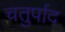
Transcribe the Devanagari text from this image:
चतुर्पाद